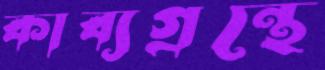
কাব্যগ্রন্থে